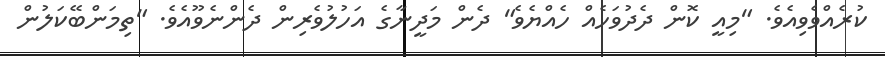
ކުރެއްވެވިއެވެ. "މިއީ ކޮން ދެދުވަހެއް ހެއްޔެވެ" ދެން މަދީނާގެ އަހުލުވެރިން ދެންނެވޫއެވެ. "ތިމަންބޭކަލުން